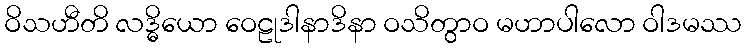
ဝိသဟီတိ လဒ္ဓိယော ဝေဠုဒါနာဒိနာ ဝသိတွာဝ မဟာပါလော ဝါဒမဿ